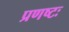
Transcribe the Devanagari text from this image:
प्रणष्टः